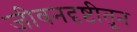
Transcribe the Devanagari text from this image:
जीवनदृष्टीतून